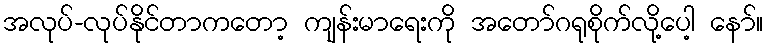
အလုပ်-လုပ်နိုင်တာကတော့ ကျန်းမာရေးကို အတော်ဂရုစိုက်လို့ပေါ့ နော်။